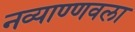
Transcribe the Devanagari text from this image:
नव्याण्णवला